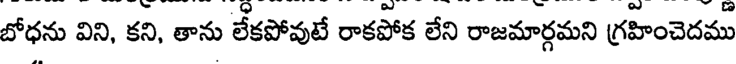
బోధను విని, కని, తాను లేకపోవుటే రాకపోక లేని రాజమార్గమని గ్రహించెదము